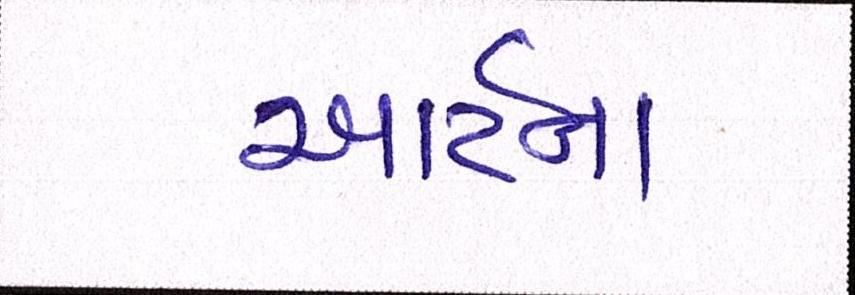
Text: આર્ટના